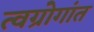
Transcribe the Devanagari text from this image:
त्वग्रोगांत